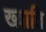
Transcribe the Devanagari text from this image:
ख्य़ाति